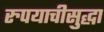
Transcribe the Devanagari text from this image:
रुपयाचीसुद्धा